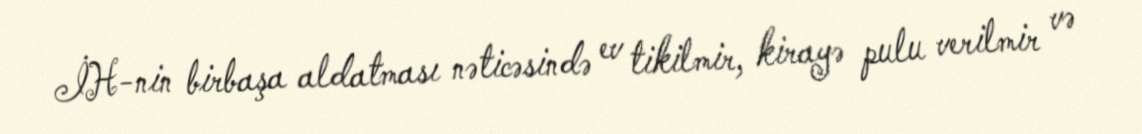
İH-nin birbaşa aldatması nəticəsində ev tikilmir, kirayə pulu verilmir və